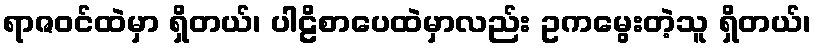
ရာဇဝင်ထဲမှာ ရှိတယ်၊ ပါဠိစာပေထဲမှာလည်း ဥကမွေးတဲ့သူ ရှိတယ်၊